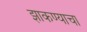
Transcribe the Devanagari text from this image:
झाकण्याचा